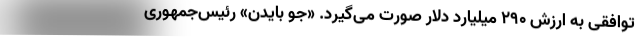
توافقی به ارزش ۲۹۰ میلیارد دلار صورت می‌گیرد. «جو بایدن» رئیس‌جمهوری